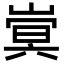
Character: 𫶍